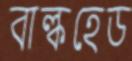
বাল্কহেড